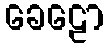
ခေဠော